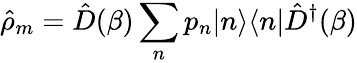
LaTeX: \hat{\rho}_{m}=\hat{D}(\beta)\sum_{n}p_{n}|n\rangle\langle n|\hat{D}^{\dagger}(\beta)